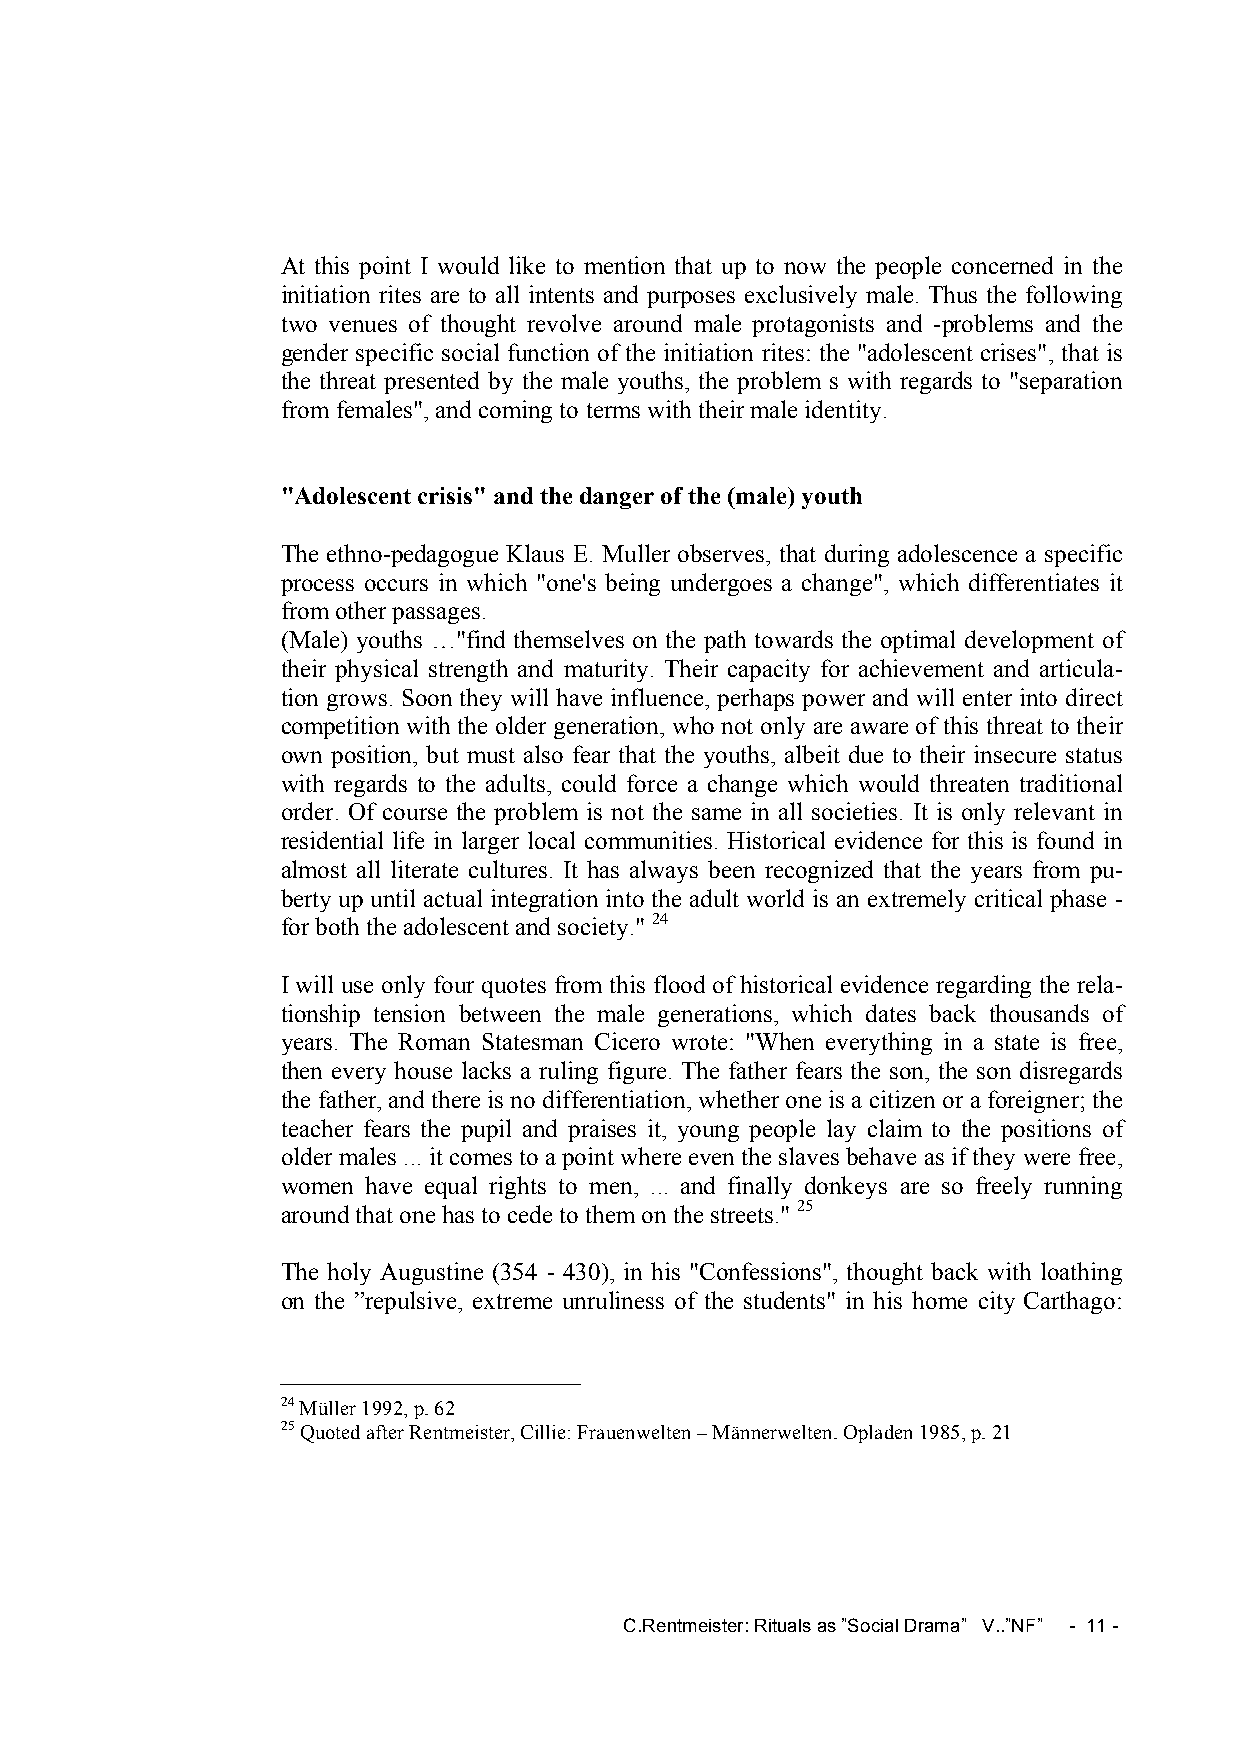
At this point I would like to mention that up to now the people concerned in the
 initiation rites are to all intents and purposes exclusively male. Thus the following
 two venues of thought revolve around male protagonists and -problems and the
 gender specific social function of the initiation rites: the "adolescent crises", that is
 the threat presented by the male youths, the problem s with regards to "separation
 from females", and coming to terms with their male identity.
 "Adolescent crisis" and the danger of the (male) youth
 The ethno-pedagogue Klaus E. Muller observes, that during adolescence a specific
 process occurs in which "one's being undergoes a change", which differentiates it
 from other passages.
 (Male) youths …"find themselves on the path towards the optimal development of
 their physical strength and maturity. Their capacity for achievement and articula-
 tion grows. Soon they will have influence, perhaps power and will enter into direct
 competition with the older generation, who not only are aware of this threat to their
 own position, but must also fear that the youths, albeit due to their insecure status
 with regards to the adults, could force a change which would threaten traditional
 order. Of course the problem is not the same in all societies. It is only relevant in
 residential life in larger local communities. Historical evidence for this is found in
 almost all literate cultures. It has always been recognized that the years from pu-
 berty up until actual integration into the adult world is an extremely critical phase -
 for both the adolescent and society." 24
 I will use only four quotes from this flood of historical evidence regarding the rela-
 tionship tension between the male generations, which dates back thousands of
 years. The Roman Statesman Cicero wrote: "When everything in a state is free,
 then every house lacks a ruling figure. The father fears the son, the son disregards
 the father, and there is no differentiation, whether one is a citizen or a foreigner; the
 teacher fears the pupil and praises it, young people lay claim to the positions of
 older males ... it comes to a point where even the slaves behave as if they were free,
 women have equal rights to men, ... and finally donkeys are so freely running
 around that one has to cede to them on the streets." 25
 The holy Augustine (354 - 430), in his "Confessions", thought back with loathing
 on the ”repulsive, extreme unruliness of the students" in his home city Carthago:
 24 Müller 1992, p. 62
 25 Quoted after Rentmeister, Cillie: Frauenwelten – Männerwelten. Opladen 1985, p. 21
 C.Rentmeister: Rituals as ”Social Drama” V..”NF” - 11 -